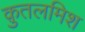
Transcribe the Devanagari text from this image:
क़ुतलमिश